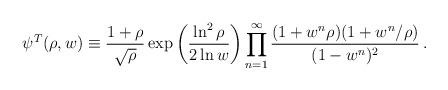
LaTeX: \begin{align*}\psi^T(\rho,w)\equiv{1+\rho\over\sqrt\rho}\exp\left({\ln^2\rho\over2\ln w}\right) \prod_{n=1}^\infty{(1+w^n\rho)(1+w^n/\rho)\over(1-w^n)^2}\,.\end{align*}